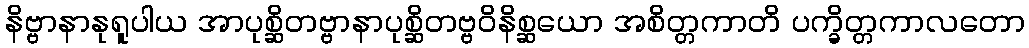
နိဗ္ဗာနာနုရူပါယ အာပုစ္ဆိတဗ္ဗာနာပုစ္ဆိတဗ္ဗဝိနိစ္ဆယော အစိတ္တကာတိ ပက္ခိတ္တကာလတော